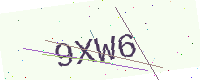
Text: 9XW6